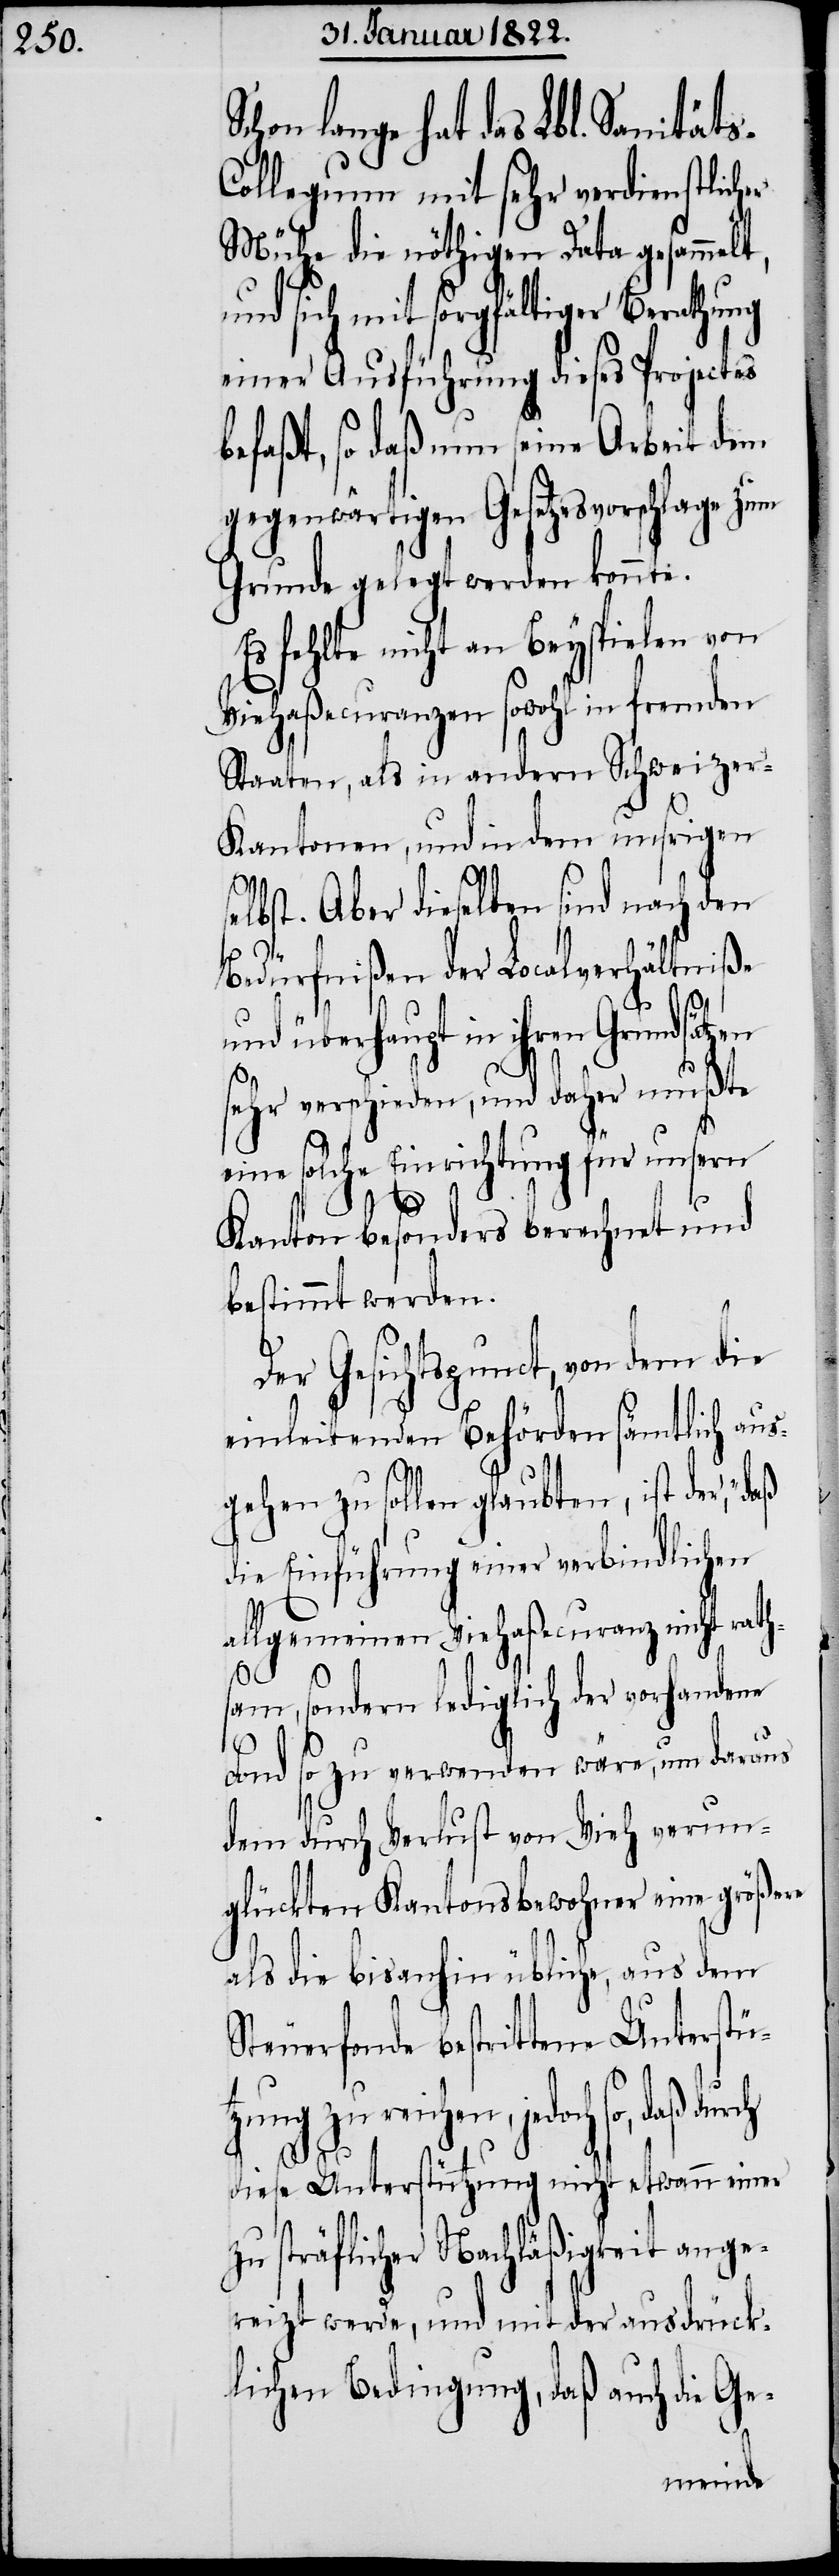
lange hat das Lbl. Sanität¬
ollegium mit sehr verdienstlicher
Mühe die nöthigen Data gesammelt,
und sich mit sorgfältiger Berathung
einer Ausführung dieses Projectes
befaßt, so daß nun seine Arbeit dem
gegenwärtigen Gesetzesvorschlage zum
Grunde gelegt werden konnte.
Es fehlte nicht an Beyspielen von
Viehaßecuranzen sowohl in fremden
Staaten, als in andern Schweizer-K¬
antonen, und in dem unsrigen
lbst. Aber dieselben sind nach den
Bedürfnißen der Localverhältniße
und überhaupt in ihren Grundsätz¬
sehr verschieden, und daher mußte
eine solche Einrichtung für unsern
Kanton besonders berechnet und
bestimmt werden.
Der Gesichtspunct, von dem die
einleitenden Behörden sämtlich aus¬
gehen zu sollen glaubten, ist der „daß
die Einführung einer verbindlichen
allgemeinen Viehaßecuranz nicht raths¬
am, sondern lediglich der vorhandene
Fond so zu verwenden wäre, um daraus
dem durch Verlust von Vieh verun¬
glückten Kantonsbewohner eine größere
als die bisanhin übliche, aus dem
Steuerfonde bestrittene Unterstü¬
tzung zu reichen, jedoch so, daß
durch
diese Unterstützung nicht etwann einer
zu sträflicher Nachläßigkeit ange¬
reizt werde, und mit der ausdrück¬
lichen Bedingung, daß auch die Ge-